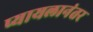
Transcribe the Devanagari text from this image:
प्यायलानंतर